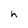
Character: h